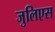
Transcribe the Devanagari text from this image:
जुलिएस